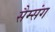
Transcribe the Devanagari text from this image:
सैम्संग